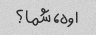
اوه، شما؟